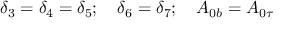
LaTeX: \delta _ { 3 } = \delta _ { 4 } = \delta _ { 5 } ; \quad \delta _ { 6 } = \delta _ { 7 } ; \quad A _ { 0 b } = A _ { 0 \tau }